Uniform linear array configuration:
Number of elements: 32
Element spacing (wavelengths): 0.5
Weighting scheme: binomial
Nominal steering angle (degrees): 60
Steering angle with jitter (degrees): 58.831
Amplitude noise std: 0.05
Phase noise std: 0.05

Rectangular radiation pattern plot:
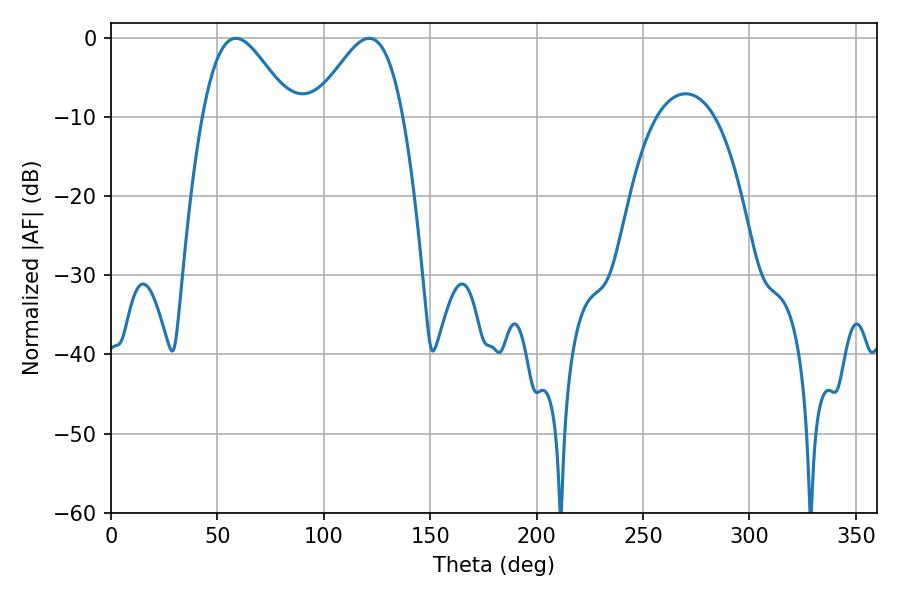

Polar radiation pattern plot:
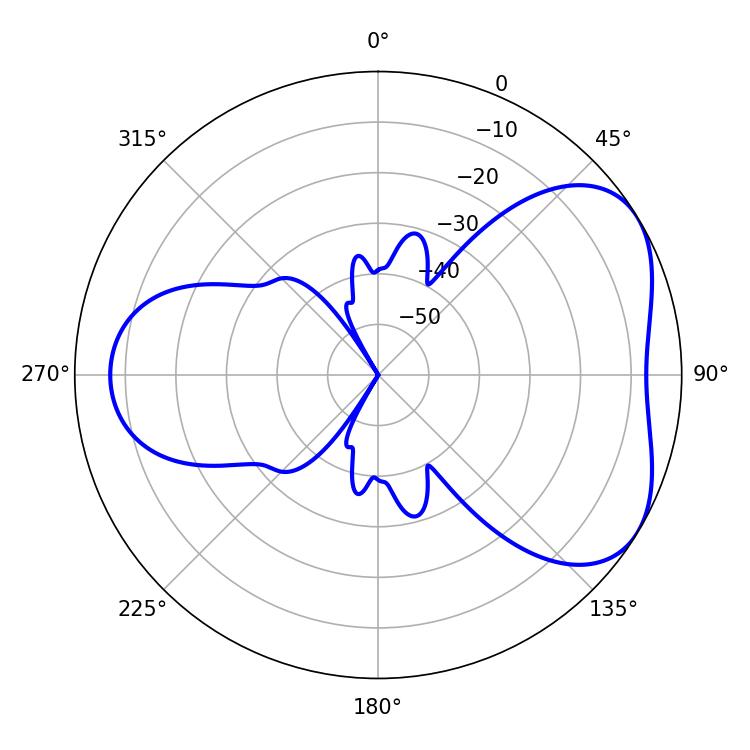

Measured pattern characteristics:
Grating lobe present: FALSE
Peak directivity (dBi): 4.722
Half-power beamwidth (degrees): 22.14
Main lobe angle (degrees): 58.68